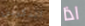
اتذكرين اذا